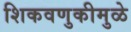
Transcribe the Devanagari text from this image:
शिकवणुकीमुळे